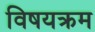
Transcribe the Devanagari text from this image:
विषयक्रम